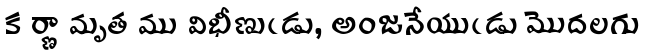
క ర్ణా మృత ము విభీణుఁడు, అంజనేయుఁడు మొదలగు